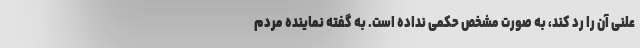
علنی آن را رد کند، به صورت مشخص حکمی نداده است. به گفته نماینده مردم